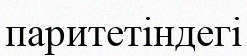
паритетіндегі